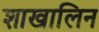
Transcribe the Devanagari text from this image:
शाखालिन